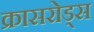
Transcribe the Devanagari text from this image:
क्रासरोड्स